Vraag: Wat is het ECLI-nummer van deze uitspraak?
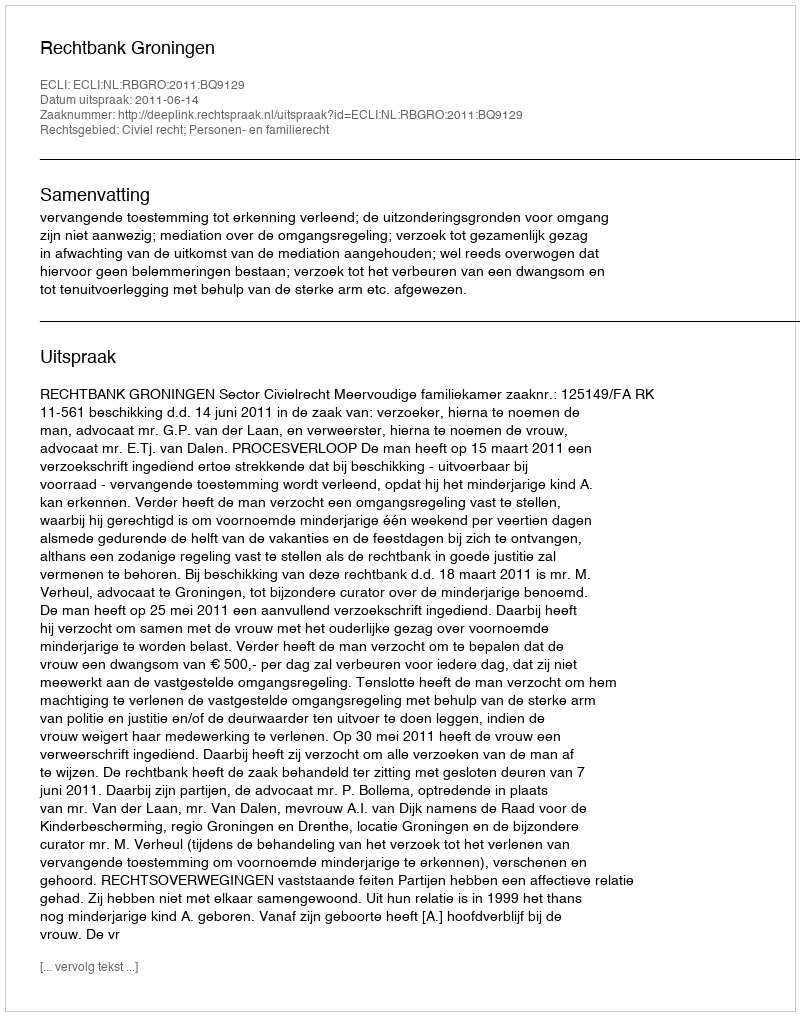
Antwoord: ECLI:NL:RBGRO:2011:BQ9129